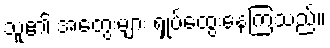
သူ၏ အတွေးများ ရှုပ်ထွေးနေကြသည်။